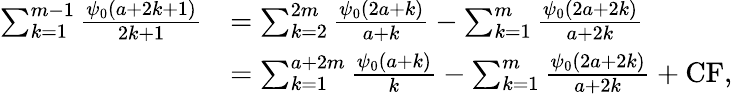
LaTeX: \begin{array}{rl}{\sum_{k=1}^{m-1}\frac{\psi_{0}(a+2k+1)}{2k+1}}&{=\sum_{k=2}^{2m}\frac{\psi_{0}(2a+k)}{a+k}-\sum_{k=1}^{m}\frac{\psi_{0}(2a+2k)}{a+2k}}\\ &{=\sum_{k=1}^{a+2m}\frac{\psi_{0}(a+k)}{k}-\sum_{k=1}^{m}\frac{\psi_{0}(2a+2k)}{a+2k}+\mathrm{CF},}\end{array}